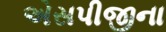
એસપીજીના